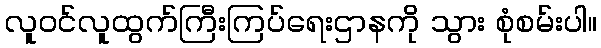
လူဝင်လူထွက်ကြီးကြပ်ရေးဌာနကို သွား စုံစမ်းပါ။